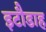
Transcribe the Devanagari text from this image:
इटौडाह